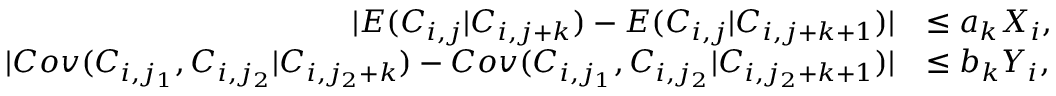
\begin{array} { r l } { | E ( C _ { i , j } | C _ { i , j + k } ) - E ( C _ { i , j } | C _ { i , j + k + 1 } ) | } & { \leq a _ { k } X _ { i } , } \\ { | C o v ( C _ { i , j _ { 1 } } , C _ { i , j _ { 2 } } | C _ { i , j _ { 2 } + k } ) - C o v ( C _ { i , j _ { 1 } } , C _ { i , j _ { 2 } } | C _ { i , j _ { 2 } + k + 1 } ) | } & { \leq b _ { k } Y _ { i } , } \end{array}